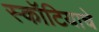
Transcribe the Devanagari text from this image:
स्कॉटियाचे